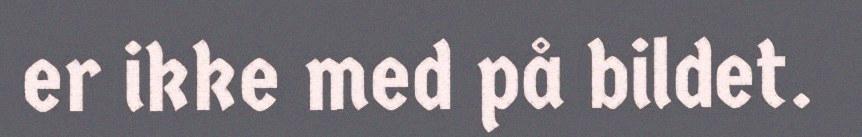
er ikke med på bildet.